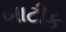
બાટીક